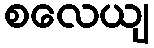
စလေယျ